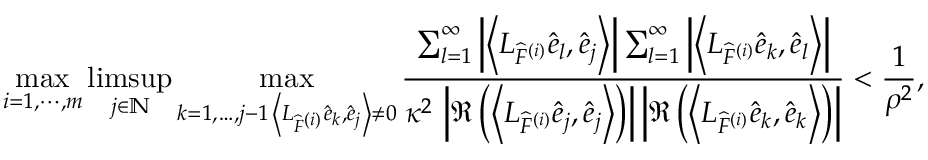
\operatorname* { m a x } _ { i = 1 , \cdots , m } \operatorname* { l i m s u p } _ { j \in \mathbb { N } } \operatorname* { m a x } _ { \substack { k = 1 , \dots , j - 1 \, \left\langle L _ { \widehat { F } ^ { ( i ) } } \widehat { e } _ { k } , \widehat { e } _ { j } \right\rangle \neq 0 } } \frac { \sum _ { l = 1 } ^ { \infty } \left| \left\langle L _ { \widehat { F } ^ { ( i ) } } \widehat { e } _ { l } , \widehat { e } _ { j } \right\rangle \right| \sum _ { l = 1 } ^ { \infty } \left| \left\langle L _ { \widehat { F } ^ { ( i ) } } \widehat { e } _ { k } , \widehat { e } _ { l } \right\rangle \right| } { \kappa ^ { 2 } \, \left| \Re \left( \left\langle L _ { \widehat { F } ^ { ( i ) } } \widehat { e } _ { j } , \widehat { e } _ { j } \right\rangle \right) \right| \left| \Re \left( \left\langle L _ { \widehat { F } ^ { ( i ) } } \widehat { e } _ { k } , \widehat { e } _ { k } \right\rangle \right) \right| } < \frac { 1 } { \rho ^ { 2 } } ,